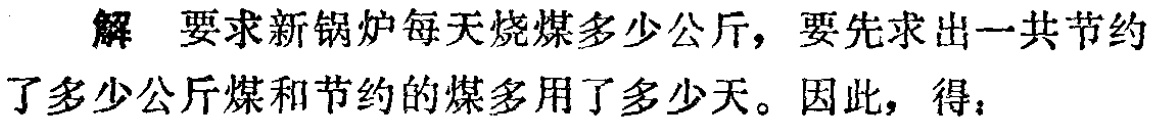
解 要求新锅炉每天烧煤多少公斤，要先求出一共节约了多少公斤煤和节约的煤多用了多少天。因此，得：